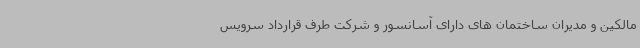
مالکین و مدیران ساختمان های دارای آسانسور و شرکت طرف قرارداد سرویس